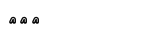
١١٢